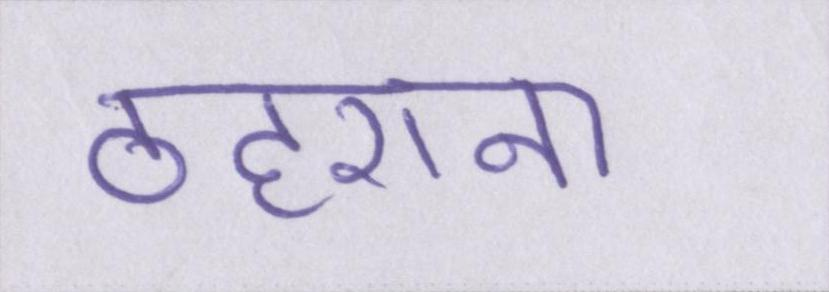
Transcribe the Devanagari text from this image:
ठहराना